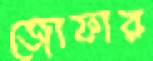
জোফার